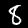
Digit: 8